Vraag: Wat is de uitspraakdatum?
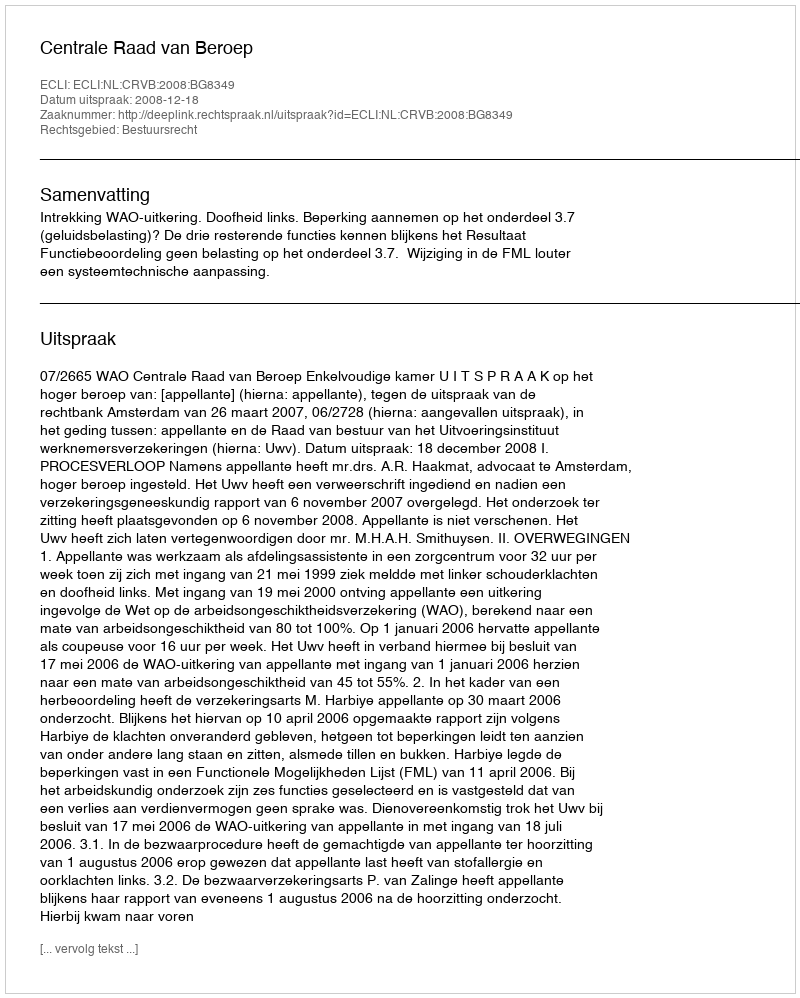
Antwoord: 2008-12-18